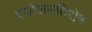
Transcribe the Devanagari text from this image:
प्रयोजनविशेष